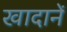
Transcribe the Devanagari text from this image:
खादानें